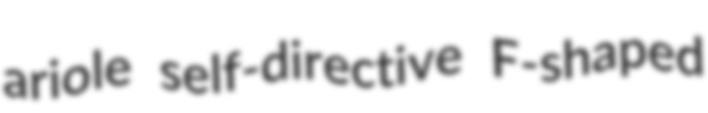
ariole self-directive F-shaped